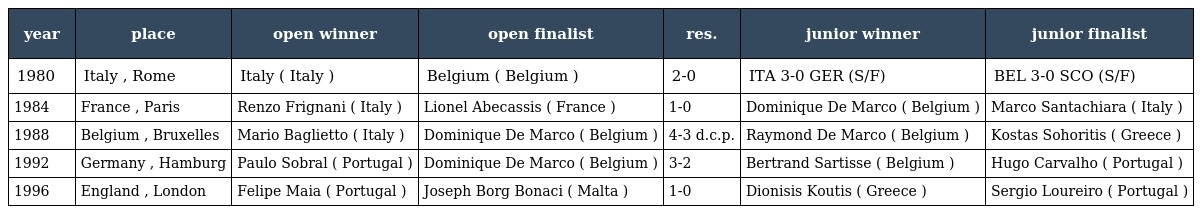
| year | place | open winner | open finalist | res. | junior winner | junior finalist |
 | --- | --- | --- | --- | --- | --- | --- |
 | 1980 | Italy , Rome | Italy ( Italy ) | Belgium ( Belgium ) | 2-0 | ITA 3-0 GER (S/F) | BEL 3-0 SCO (S/F) |
 | 1984 | France , Paris | Renzo Frignani ( Italy ) | Lionel Abecassis ( France ) | 1-0 | Dominique De Marco ( Belgium ) | Marco Santachiara ( Italy ) |
 | 1988 | Belgium , Bruxelles | Mario Baglietto ( Italy ) | Dominique De Marco ( Belgium ) | 4-3 d.c.p. | Raymond De Marco ( Belgium ) | Kostas Sohoritis ( Greece ) |
 | 1992 | Germany , Hamburg | Paulo Sobral ( Portugal ) | Dominique De Marco ( Belgium ) | 3-2 | Bertrand Sartisse ( Belgium ) | Hugo Carvalho ( Portugal ) |
 | 1996 | England , London | Felipe Maia ( Portugal ) | Joseph Borg Bonaci ( Malta ) | 1-0 | Dionisis Koutis ( Greece ) | Sergio Loureiro ( Portugal ) |